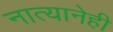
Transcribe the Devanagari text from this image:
नात्यानेही